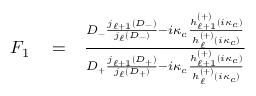
\begin{array} { r l r } { F _ { 1 } } & { { } = } & { \frac { D _ { - } \frac { j _ { \ell + 1 } ( D _ { - } ) } { j _ { \ell } ( D _ { - } ) } - i \kappa _ { c } \frac { h _ { \ell + 1 } ^ { ( + ) } ( i \kappa _ { c } ) } { h _ { \ell } ^ { ( + ) } ( i \kappa _ { c } ) } } { D _ { + } \frac { j _ { \ell + 1 } ( D _ { + } ) } { j _ { \ell } ( D _ { + } ) } - i \kappa _ { c } \frac { h _ { \ell + 1 } ^ { ( + ) } ( i \kappa _ { c } ) } { h _ { \ell } ^ { ( + ) } ( i \kappa _ { c } ) } } } \end{array}